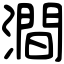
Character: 澗